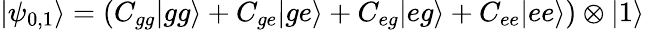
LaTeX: \begin{array}{r}{|\psi_{0,1}\rangle=(C_{gg}|gg\rangle+C_{ge}|ge\rangle+C_{eg}|eg\rangle+C_{ee}|ee\rangle)\otimes|1\rangle}\end{array}